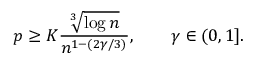
p \ge K \frac { \sqrt [ 3 ] { \log n } } { n ^ { 1 - ( 2 \gamma / 3 ) } } , \qquad \gamma \in ( 0 , 1 ] .